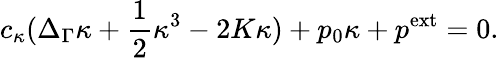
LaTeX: c_{\kappa}(\Delta_{\Gamma}\kappa+\frac 12\kappa^{3}-2K\kappa)+p_{0}\kappa+p^{\mathrm{ext}}=0.